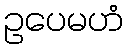
ဥပေမဟံ